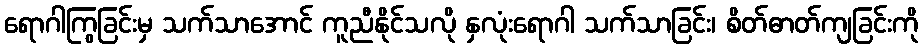
ရောဂါကြွခြင်းမှ သက်သာအောင် ကူညီနိုင်သလို နှလုံးရောဂါ သက်သာခြင်း၊ စိတ်ဓာတ်ကျခြင်းကို